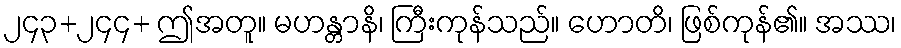
၂၄၃+၂၄၄+ ဤအတူ။ မဟန္တာနိ၊ ကြီးကုန်သည်။ ဟောတိ၊ ဖြစ်ကုန်၏။ အဿ၊